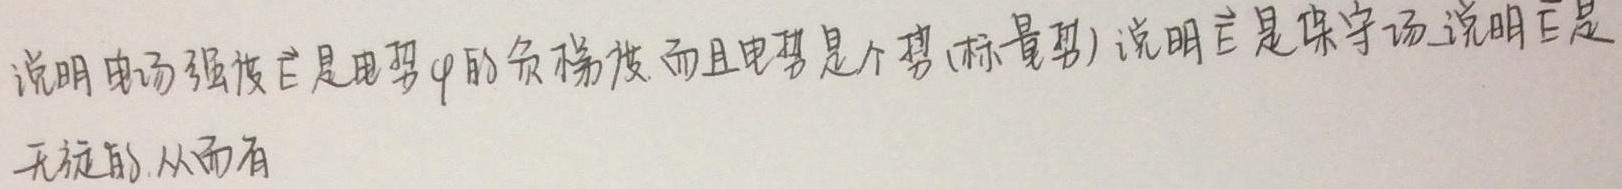
说明电场强度$\vec{E}$是电势$\varphi$的负梯度.而且电势是个势(标量势).说明$\vec{E}$是保守场,说明$\vec{E}$是无旋的.从而有